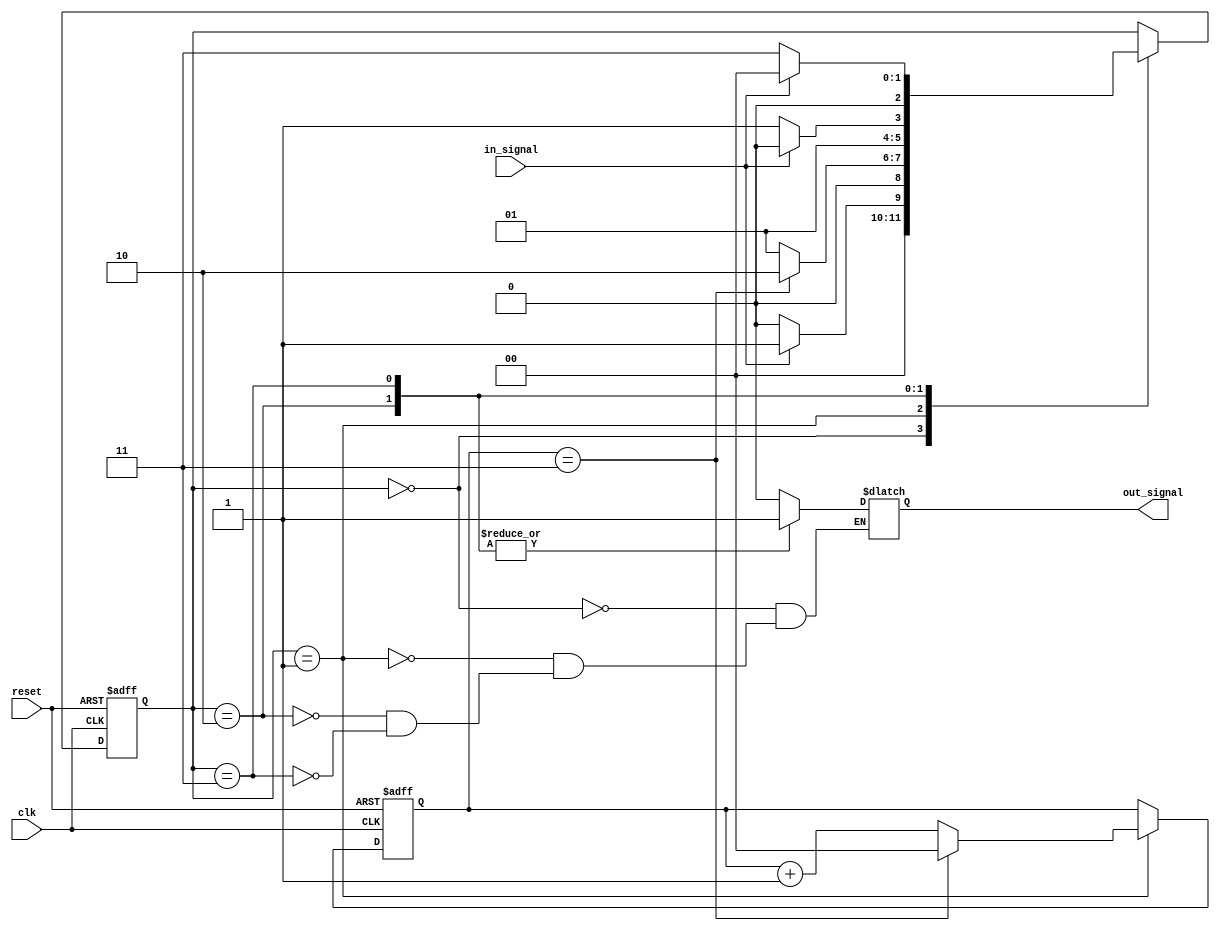
module MealySM(
    input clk,
    input reset,
    input in_signal,
    output reg out_signal
);

// Declare state variables
reg [2:0] state;
reg [1:0] wait_count;

// Define state parameters
parameter S0 = 3'b000;
parameter S1 = 3'b001;
parameter S2 = 3'b010;
parameter S3 = 3'b011;

// Define wait state parameter
parameter WAIT_COUNT_MAX = 2'd3;

// State register
always @(posedge clk or posedge reset) begin
    if (reset) begin
        state <= S0;
        wait_count <= 0;
    end else begin
        case(state)
            S0: begin
                if (in_signal) begin
                    state <= S1;
                end else begin
                    state <= S0;
                end
            end
            S1: begin
                if (wait_count == WAIT_COUNT_MAX) begin
                    state <= S2;
                    wait_count <= 0;
                end else begin
                    state <= S1;
                    wait_count <= wait_count + 1;
                end
            end
            S2: begin
                if (!in_signal) begin
                    state <= S3;
                end else begin
                    state <= S2;
                end
            end
            S3: begin
                if (in_signal) begin
                    state <= S0;
                end else begin
                    state <= S3;
                end
            end
        endcase
    end
end

// Output logic
always @(state, in_signal) begin
    case(state)
        S0: out_signal = 1'b0;
        S1: out_signal = 1'b0;
        S2: out_signal = 1'b1;
        S3: out_signal = 1'b1;
    endcase
end

endmodule